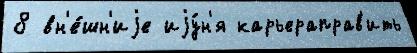
8 вн'е́шн'иjе иjу́н'я карьераправ'ить